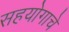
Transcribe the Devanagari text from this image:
सहयोगाचे